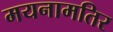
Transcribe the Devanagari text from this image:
मयनामतिर